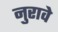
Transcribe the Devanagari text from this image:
नुरावे